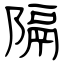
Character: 隔